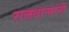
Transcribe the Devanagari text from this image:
राजधान्यांनी